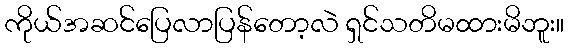
ကိုယ်အဆင်ပြေလာပြန်တော့လဲ ရှင်သတိမထားမိဘူး။